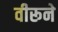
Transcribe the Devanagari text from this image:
वीरूने